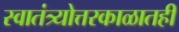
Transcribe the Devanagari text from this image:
स्वातंत्र्योत्तरकाळातही